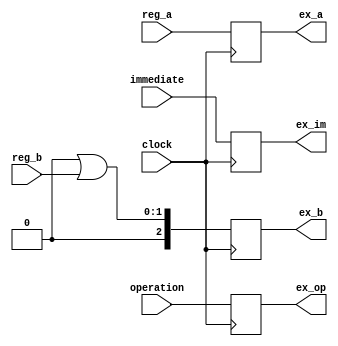


/* 
			****************************
			*  8bits nRisc processor   *
			*         Pipeline         *
			*          Signal          *
			*         Extensor         *
			*                          *
			*    github.com/t4rcisio   *
			****************************
*/





module signal_extensor(clock, operation, reg_a, reg_b, immediate, ex_op, ex_a, ex_b, ex_im);

input clock;
input [2:0] operation;
input [2:0] reg_a;
input [1:0] reg_b;
input [7:0] immediate;

output reg [2:0]ex_op;
output reg [2:0]ex_a;
output reg [2:0]ex_b;
output reg [7:0]ex_im;


always @(negedge clock) begin
	
		ex_op = operation;
		ex_a  = reg_a;
		ex_b  = 3'b000 | reg_b;
		ex_im = immediate;
	
end




endmodule